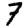
Digit: 7